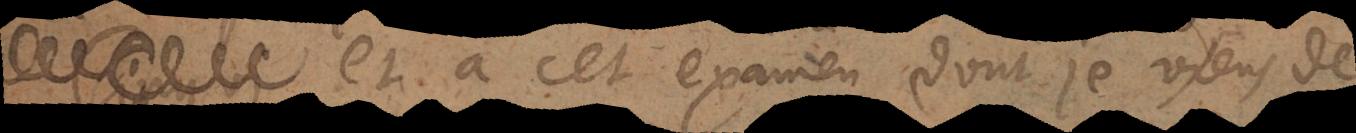
, et à cet examen dont je viens de